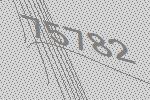
75782